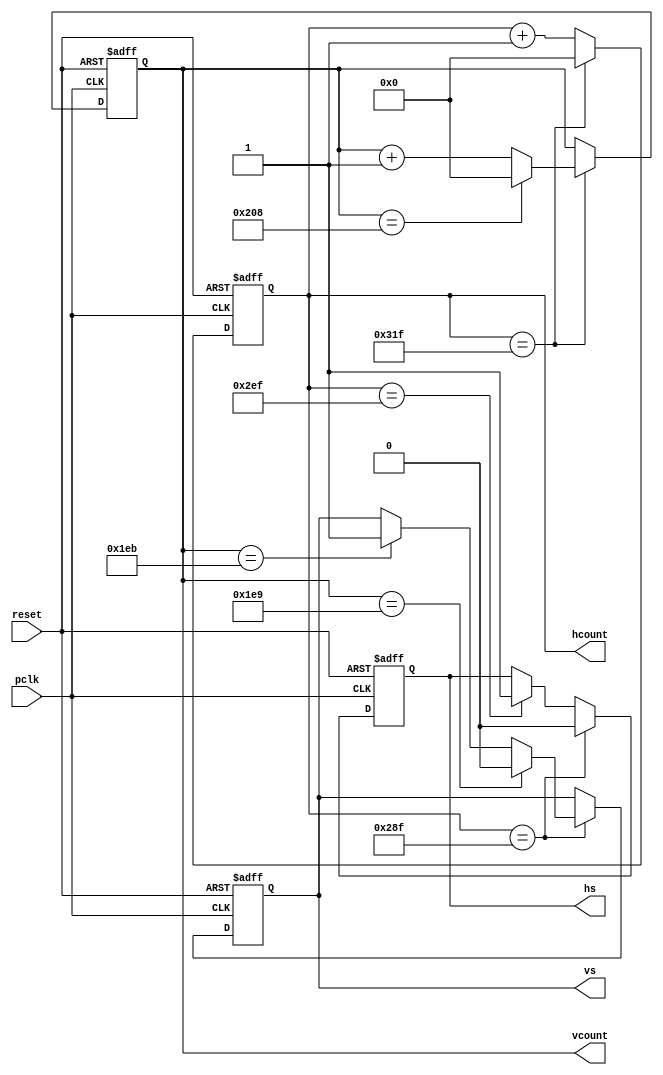
module vga_ctrl
(
    pclk, reset,                    //pclk 25MHz ?
    hcount, vcount,	//  h & v count  ->   counter
    hs, vs		// horizontal & vertical sync       hs =>     vs =>   
);

input        pclk, reset;
output [9:0] hcount, vcount;
output       hs, vs;

reg [9:0] hcount, vcount;
reg       hs, vs;

`define HMAX   10'd 799 // h count max
`define VMAX   10'd 520 // v count max
`define HSS    10'd 655 // hsync start, pels (640) + front_porch (16) - 1 
`define HSE    10'd 751 // hsync end, HSS + pulse_width (96)
`define VSS    10'd 489 // vsync start, lines (480) + front_porch (10) - 1
`define VSE    10'd 491 // vsync end, VSS + pulse_width (2)

// h counter running from 0 to HMAX
always @(posedge pclk or posedge reset) begin
    if (reset)
        hcount <= 0;
    else if (hcount == `HMAX)
        hcount <= 0;
    else
        hcount <= hcount+1;
end

// v counter running from 0 to VMAX
always @(posedge pclk or posedge reset) begin
    if (reset)
        vcount <= 0;
    else if (hcount == `HMAX) begin
        if (vcount == `VMAX)
            vcount <= 0;
        else
            vcount <= vcount + 1;
    end
end

// h sync ->    (active low)
always @(posedge pclk or posedge reset) begin
    if (reset)
	hs <= 1;
    else if (hcount == `HSS)
        hs <= 0;
    else if (hcount == `HSE)
        hs <= 1;
end

// v sync ->   
always @(posedge pclk or posedge reset) begin
    if(reset)
    vs <= 1;
    else if (hcount==`HSS) begin
        if(vcount == `VSS)
            vs <= 0;
        else if (vcount == `VSE)
            vs <= 1;
    end
end

endmodule